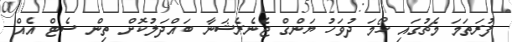
ފުރަތަމަ މެޗުގައި ހޯމަ ދުވަހު ޔަންގް ޖެނެރެޝަނާ ބައްދަލުކޮށް ތިން ސެޓް އެއް